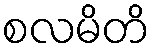
စလမိတိ